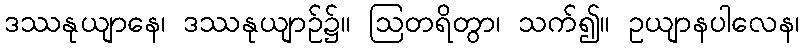
ဒဿနုယျာနေ၊ ဒဿနုယျာဉ်၌။ ဩတရိတွာ၊ သက်၍။ ဥယျာနပါလေန၊